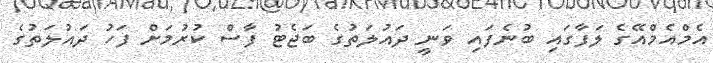
އެމްއެމްއޭގެ ލަފާގައި ބުނެފައި ވަނީ ދައުލަތުގެ ބަޖެޓު ފާސް ކުރުމަށް ފަހު ދައުލަތުގެ